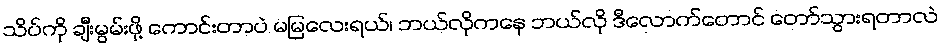
သိပ်ကို ချီးမွမ်းဖို့ ကောင်းတာပဲ မမြလေးရယ်၊ ဘယ်လိုကနေ ဘယ်လို ဒီလောက်တောင် တော်သွားရတာလဲ